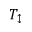
T _ { \updownarrow }